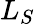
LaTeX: L_{S}